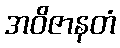
အဝိဇာနတံ